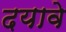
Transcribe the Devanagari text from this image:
दयावे